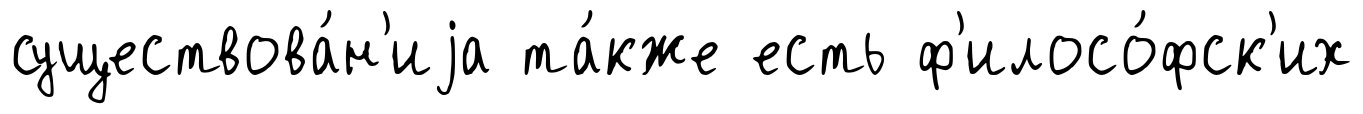
существова́н'иjа та́кже есть ф'илосо́фск'их